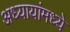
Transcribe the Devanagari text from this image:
अध्यायांमध्ये